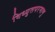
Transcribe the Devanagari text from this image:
विध्युतपरमाणु